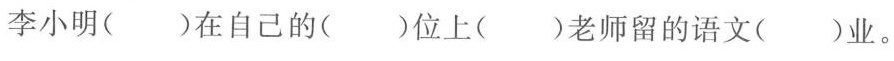
李小明( )在自己的( )位上( )老师留的语文( )业。